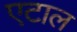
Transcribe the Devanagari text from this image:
एटाल